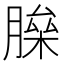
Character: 𦟅